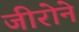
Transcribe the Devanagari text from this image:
जीरोने